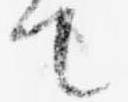
て